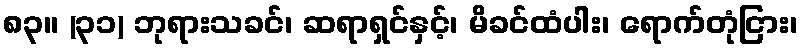
၈၃။ (၃၁) ဘုရားသခင်၊ ဆရာရှင်နှင့်၊ မိခင်ထံပါး၊ ရောက်တုံငြား၊